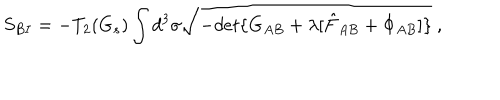
S _ { B I } = - T _ { 2 } ( G _ { s } ) \int d ^ { 3 } \sigma \sqrt { - d e t \{ G _ { A B } + \lambda [ \hat { F } _ { A B } + \Phi _ { A B } ] \} } \ ,